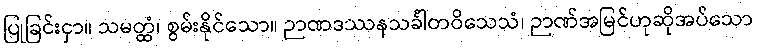
ပြုခြင်းငှာ။ သမတ္ထံ၊ စွမ်းနိုင်သော။ ဉာဏဒဿနသင်္ခါတဝိသေသံ၊ ဉာဏ်အမြင်ဟုဆိုအပ်သော